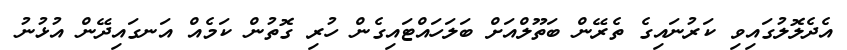
އެދެލޮލުގައިވި ކަރުނައިގެ ތެރޭން ބަތޫލްއަށް ބަލަަހައްޓައިގެން ހުރި ގޮތުން ކަމެއް އަނގައިދޭން އުޅުނު